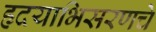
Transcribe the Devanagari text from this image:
हृदयाभिसरणचे